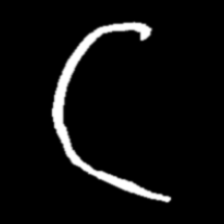
Pyu character \u2014 Myanmar letter: ဋ (romanized: tta)